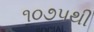
૧૦૭૫થી